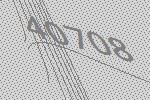
40708